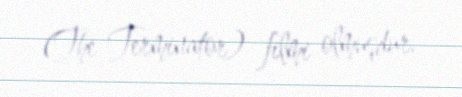
(The Terminator) filmi olmuşdur.